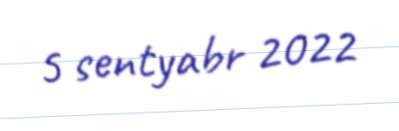
5 sentyabr 2022